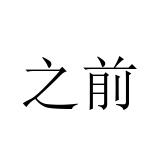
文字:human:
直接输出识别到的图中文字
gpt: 之前